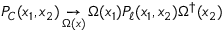
P _ { C } ( x _ { 1 } , x _ { 2 } ) \mathop \to _ { \Omega ( x ) } \Omega ( x _ { 1 } ) P _ { \ell } ( x _ { 1 } , x _ { 2 } ) \Omega ^ { \dagger } ( x _ { 2 } )